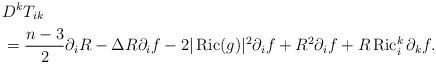
LaTeX: \begin{align*} & D^k T_{i k}\\ &= \frac{n-3}{2} \partial_i R -\Delta R\partial_if- 2|\operatorname{Ric}(g)|^2\partial_if +R^2 \partial_i f+R \operatorname{Ric}_i^k \partial_k f. \end{align*}